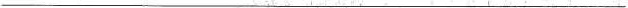
___